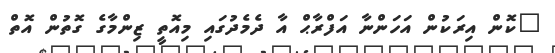
"ކޮން އިރަކުން އަހަންނާ އަފްރާޙް އާ ދެމެދުގައި މިއޮތީ ޒިންމާގެ ގޮތުން އޮތް